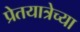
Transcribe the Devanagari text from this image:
प्रेतयात्रेच्या